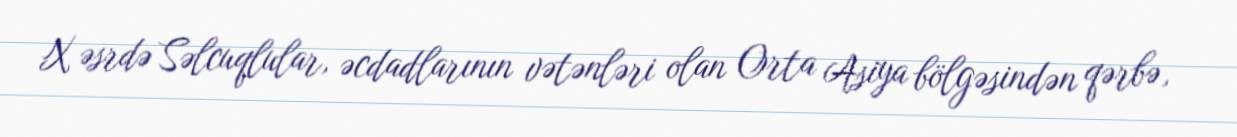
X əsrdə Səlcuqlular, əcdadlarının vətənləri olan Orta Asiya bölgəsindən qərbə,